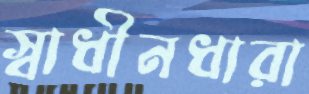
স্বাধীনধারা